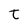
Character: t